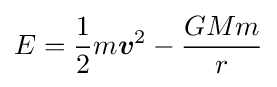
E={\frac {1}{2}}m{\boldsymbol {v}}^{2}-{\frac {GMm}{r}}